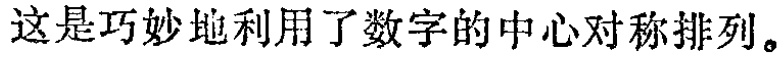
这是巧妙地利用了数字的中心对称排列。